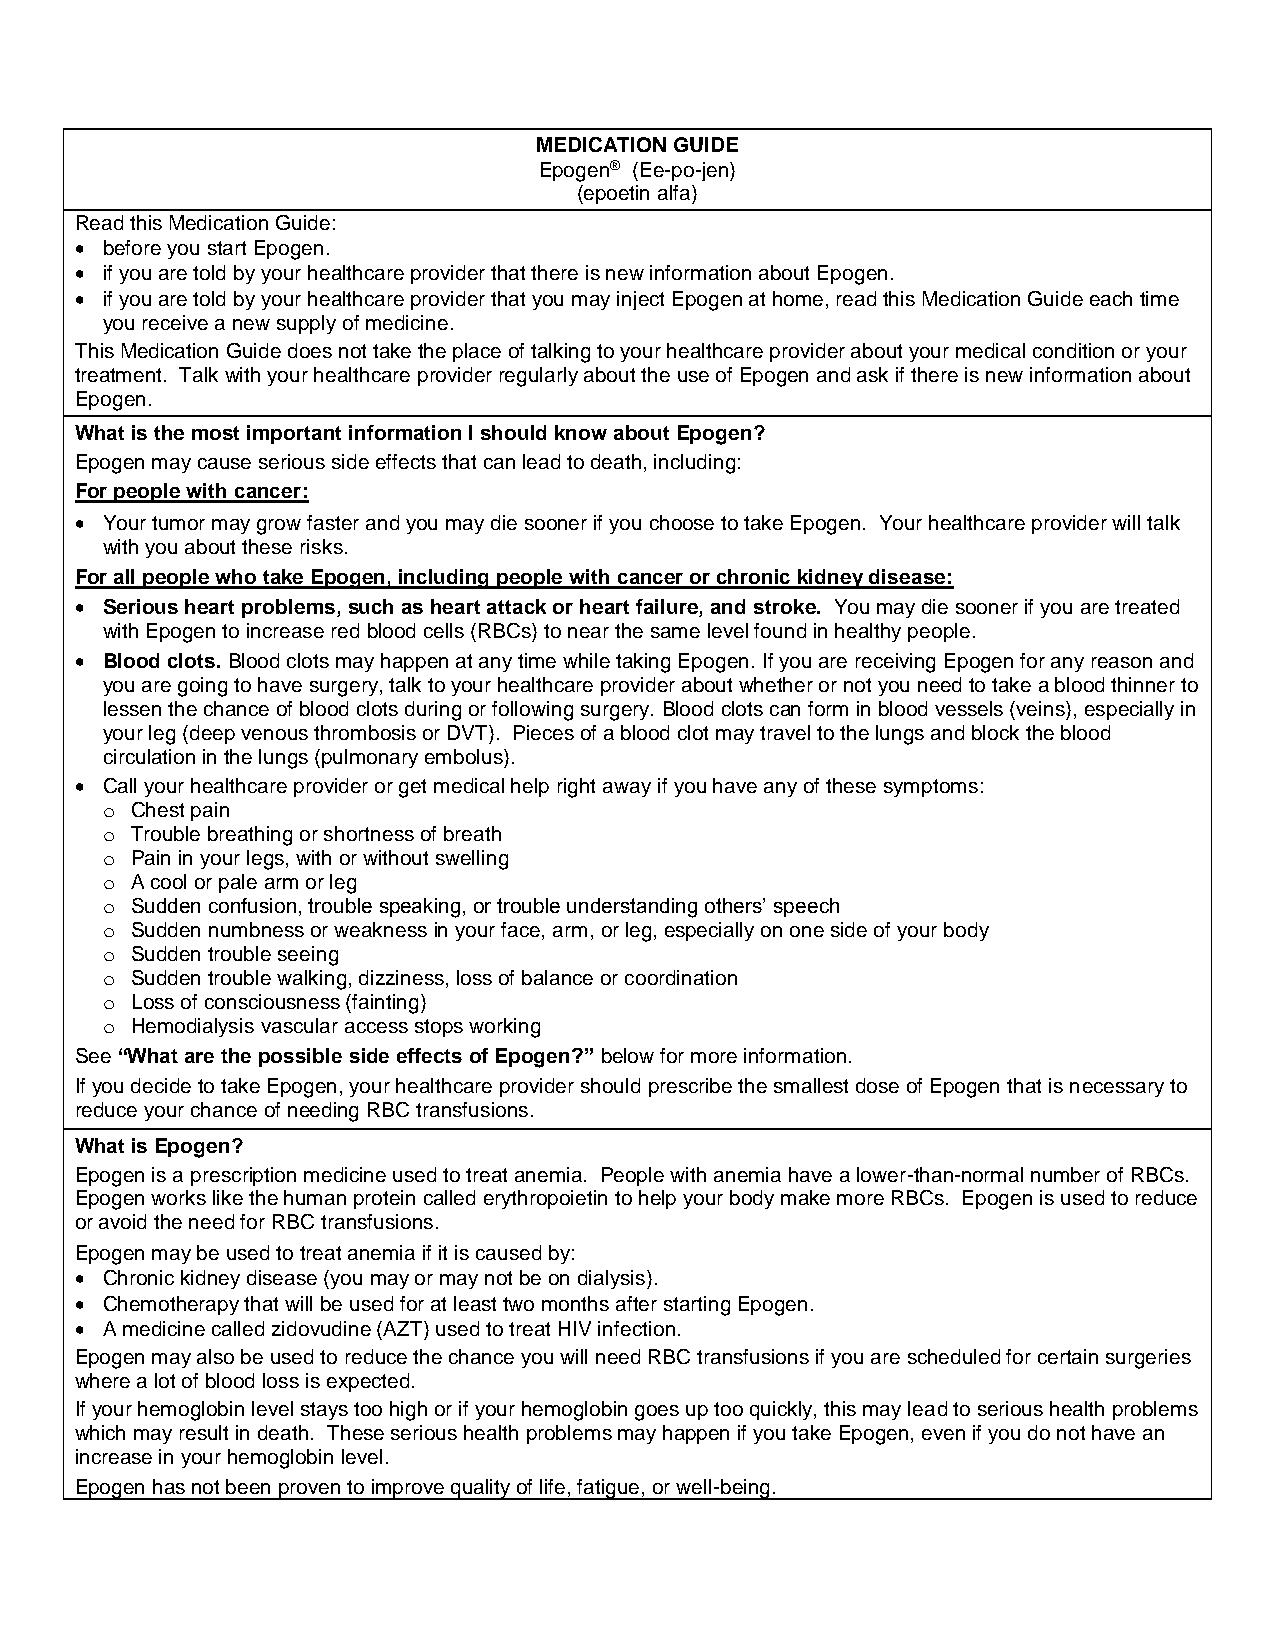
MEDICATION GUIDE
 Epogen® (Ee-po-jen)
 (epoetin alfa)
 Read this Medication Guide:
  before you start Epogen.
  if you are told by your healthcare provider that there is new information about Epogen.
  if you are told by your healthcare provider that you may inject Epogen at home, read this Medication Guide each time
 you receive a new supply of medicine.
 This Medication Guide does not take the place of talking to your healthcare provider about your medical condition or your
 treatment. Talk with your healthcare provider regularly about the use of Epogen and ask if there is new information about
 Epogen.
 What is the most important information I should know about Epogen?
 Epogen may cause serious side effects that can lead to death, including:
 For people with cancer:
  Your tumor may grow faster and you may die sooner if you choose to take Epogen. Your healthcare provider will talk
 with you about these risks.
 For all people who take Epogen, including people with cancer or chronic kidney disease:
  Serious heart problems, such as heart attack or heart failure, and stroke. You may die sooner if you are treated
 with Epogen to increase red blood cells (RBCs) to near the same level found in healthy people.
  Blood clots. Blood clots may happen at any time while taking Epogen. If you are receiving Epogen for any reason and
 you are going to have surgery, talk to your healthcare provider about whether or not you need to take a blood thinner to
 lessen the chance of blood clots during or following surgery. Blood clots can form in blood vessels (veins), especially in
 your leg (deep venous thrombosis or DVT). Pieces of a blood clot may travel to the lungs and block the blood
 circulation in the lungs (pulmonary embolus).
  Call your healthcare provider or get medical help right away if you have any of these symptoms:
 o Chest pain
 o Trouble breathing or shortness of breath
 o Pain in your legs, with or without swelling
 o A cool or pale arm or leg
 o Sudden confusion, trouble speaking, or trouble understanding others’ speech
 o Sudden numbness or weakness in your face, arm, or leg, especially on one side of your body
 o Sudden trouble seeing
 o Sudden trouble walking, dizziness, loss of balance or coordination
 o Loss of consciousness (fainting)
 o Hemodialysis vascular access stops working
 See “What are the possible side effects of Epogen?” below for more information.
 If you decide to take Epogen, your healthcare provider should prescribe the smallest dose of Epogen that is necessary to
 reduce your chance of needing RBC transfusions.
 What is Epogen?
 Epogen is a prescription medicine used to treat anemia. People with anemia have a lower-than-normal number of RBCs.
 Epogen works like the human protein called erythropoietin to help your body make more RBCs. Epogen is used to reduce
 or avoid the need for RBC transfusions.
 Epogen may be used to treat anemia if it is caused by:
  Chronic kidney disease (you may or may not be on dialysis).
  Chemotherapy that will be used for at least two months after starting Epogen.
  A medicine called zidovudine (AZT) used to treat HIV infection.
 Epogen may also be used to reduce the chance you will need RBC transfusions if you are scheduled for certain surgeries
 where a lot of blood loss is expected.
 If your hemoglobin level stays too high or if your hemoglobin goes up too quickly, this may lead to serious health problems
 which may result in death. These serious health problems may happen if you take Epogen, even if you do not have an
 increase in your hemoglobin level.
 Epogen has not been proven to improve quality of life, fatigue, or well-being.